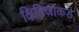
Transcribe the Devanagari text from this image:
क्षितिजाकडे